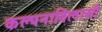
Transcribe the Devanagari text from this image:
कल्पनाविलासी